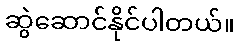
ဆွဲဆောင်နိုင်ပါတယ်။